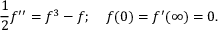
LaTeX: { \frac { 1 } { 2 } } f ^ { \prime \prime } = f ^ { 3 } - f ; \quad f ( 0 ) = f ^ { \prime } ( \infty ) = 0 .